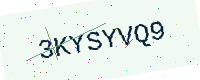
Text: 3KYSYVQ9